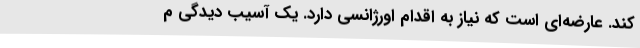
کند. عارضه‌ای است که نیاز به اقدام اورژانسی دارد. یک آسیب دیدگی م